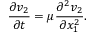
\frac { \partial v _ { 2 } } { \partial t } = \mu \frac { \partial ^ { 2 } v _ { 2 } } { \partial { x } _ { 1 } ^ { 2 } } .